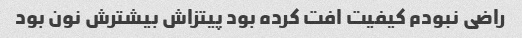
راضی نبودم کیفیت افت کرده بود پیتزاش بیشترش نون بود